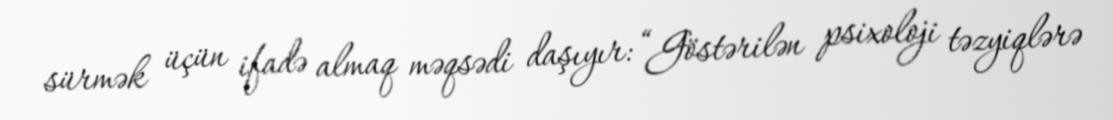
sürmək üçün ifadə almaq məqsədi daşıyır: “Göstərilən psixoloji təzyiqlərə